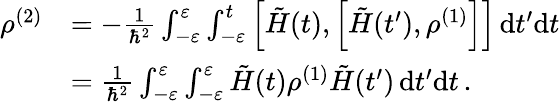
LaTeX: \begin{array}{rl}{\rho^{(2)}}&{=-\frac{1}{\hbar^{2}}\int_{-\varepsilon}^{\varepsilon}\int_{-\varepsilon}^{t}\left[\tilde{H}(t),\left[\tilde{H}(t^{\prime}),\rho^{(1)}\right]\right]\, \mathrm{d}t^{\prime}\mathrm{d}t}\\ &{=\frac{1}{\hbar^{2}}\int_{-\varepsilon}^{\varepsilon}\int_{-\varepsilon}^{\varepsilon}\tilde{H}(t)\rho^{(1)}\tilde{H}(t^{\prime})\, \mathrm{d}t^{\prime}\mathrm{d}t\, .}\end{array}